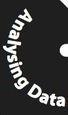
Analysing Data